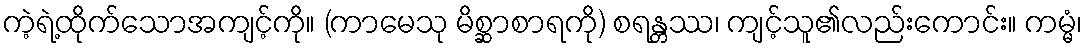
ကဲ့ရဲ့ထိုက်သောအကျင့်ကို။ (ကာမေသု မိစ္ဆာစာရကို) စရန္တဿ၊ ကျင့်သူ၏လည်းကောင်း။ ကမ္မံ၊